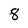
Character: 8